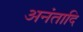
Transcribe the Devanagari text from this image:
अनंतादि